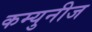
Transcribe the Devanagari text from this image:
कम्युनीज